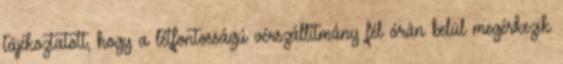
tájékoztatott, hogy a létfontosságú vérszállítmány fél órán belül megérkezik